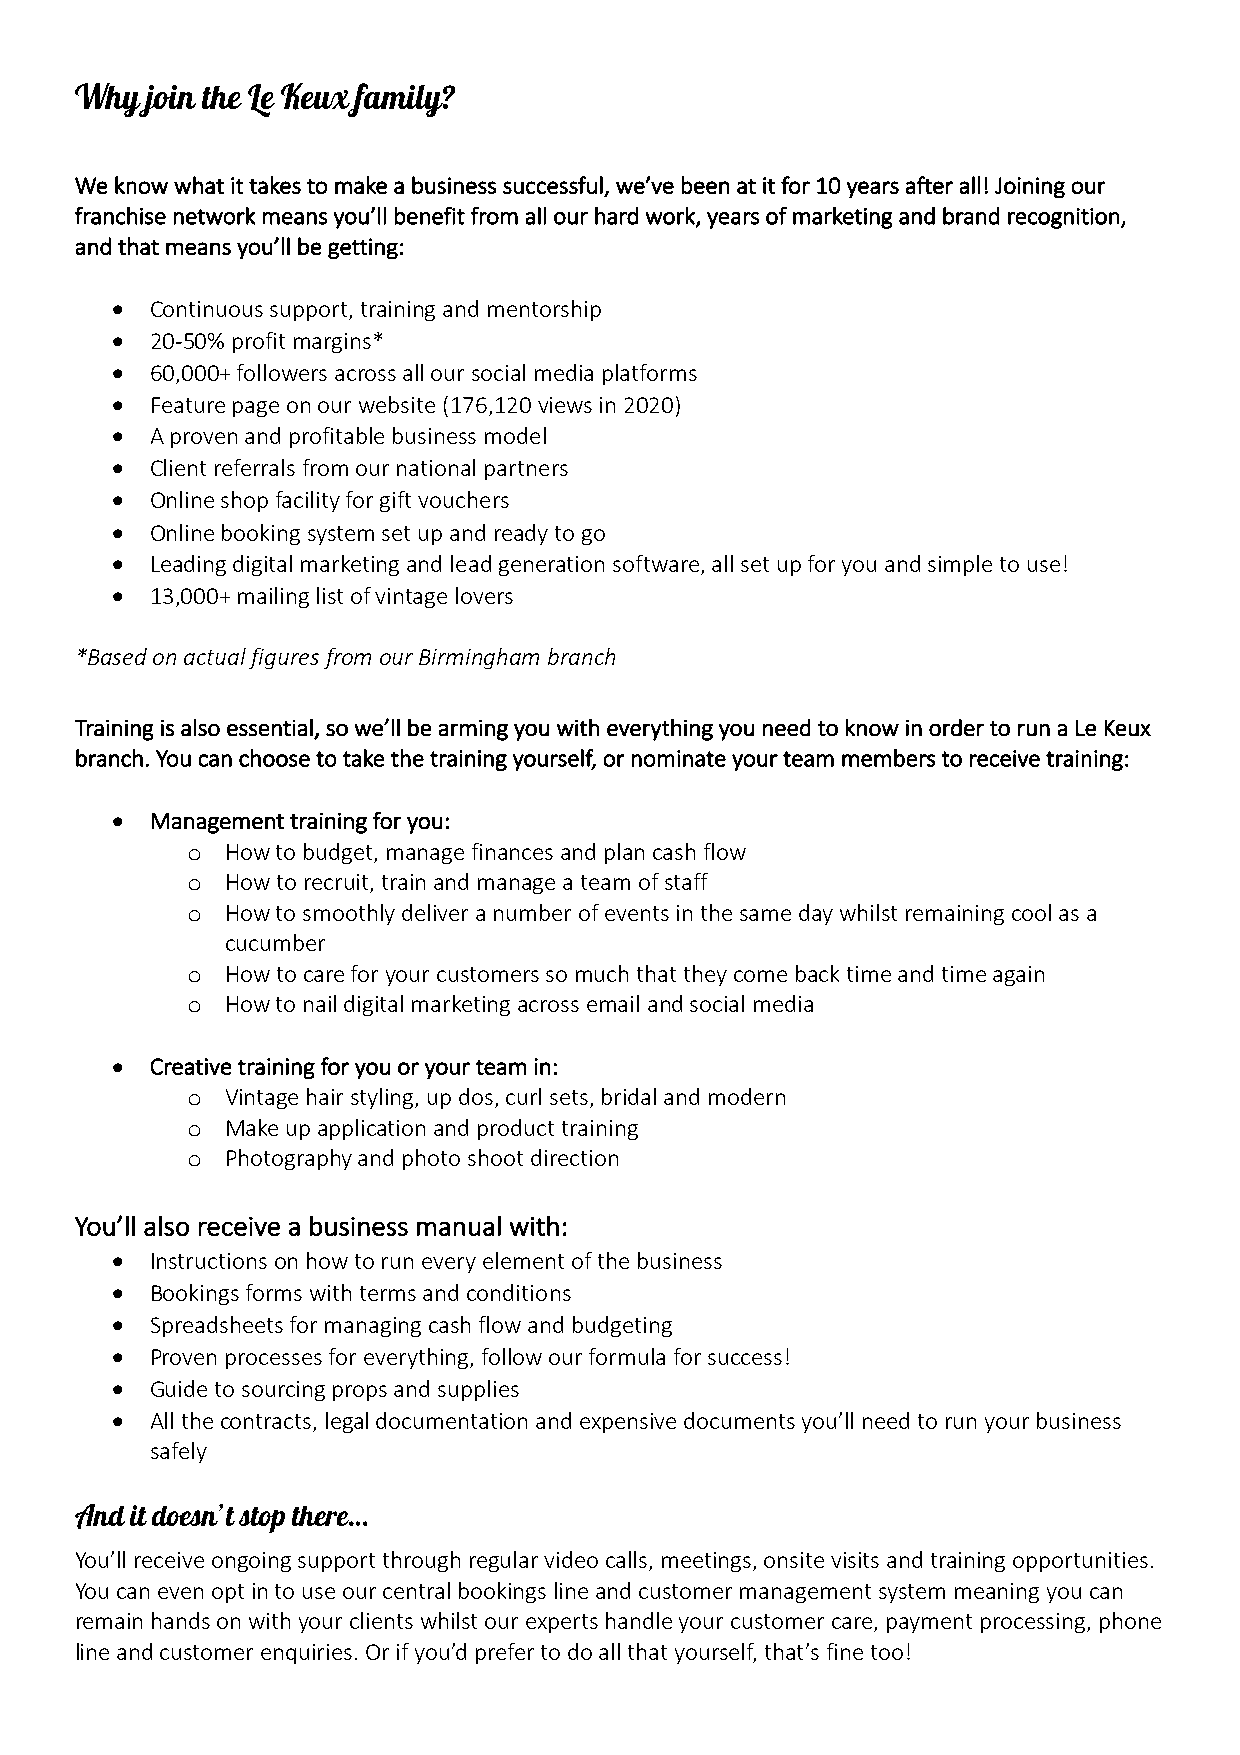
Why  join the Le Keux family?
 We know what it takes to make a business successful, we’ve been at it for 10 years after all! Joining our
 franchise network means you’ll benefit from all our hard work, years of marketing and brand recognition,
 and that means you’ll be getting:
 •  Continuous support, training and mentorship
 •  20-50% profit margins*
 •  60,000+ followers across all our social media platforms
 •  Feature page on our website (176,120 views in 2020)
 •  A proven and profitable business model
 •  Client referrals from our national partners
 •  Online shop facility for gift vouchers
 •  Online booking system set up and ready to go
 •  Leading digital marketing and lead generation software, all set up for you and simple to use!
 •  13,000+ mailing list of vintage lovers
 *Based on actual figures from our Birmingham branch
 Training is also essential, so we’ll be arming you with everything you need to know in order to run a Le Keux
 branch. You can choose to take the training yourself, or nominate your team members to receive training:
 •  Management training for you:
 o  How to budget, manage finances and plan cash flow
 o  How to recruit, train and manage a team of staff
 o  How to smoothly deliver a number of events in the same day whilst remaining cool as a
 cucumber
 o  How to care for your customers so much that they come back time and time again
 o  How to nail digital marketing across email and social media
 •  Creative training for you or your team in:
 o  Vintage hair styling, up dos, curl sets, bridal and modern
 o  Make up application and product training
 o  Photography and photo shoot direction
 You’ll also receive a business manual with:
 •  Instructions on how to run every element of the business
 •  Bookings forms with terms and conditions
 •  Spreadsheets for managing cash flow and budgeting
 •  Proven processes for everything, follow our formula for success!
 •  Guide to sourcing props and supplies
 •  All the contracts, legal documentation and expensive documents you’ll need to run your business
 safely
 And it doesn’t stop there…
 You’ll receive ongoing support through regular video calls, meetings, onsite visits and training opportunities.
 You can even opt in to use our central bookings line and customer management system meaning you can
 remain hands on with your clients whilst our experts handle your customer care, payment processing, phone
 line and customer enquiries. Or if you’d prefer to do all that yourself, that’s fine too!